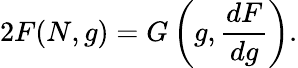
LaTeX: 2F(N,g)=G\left(g,\frac{dF}{dg}\right).